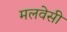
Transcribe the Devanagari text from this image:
मलवेसी